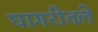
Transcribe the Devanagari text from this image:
घागरीतले